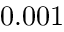
0 . 0 0 1